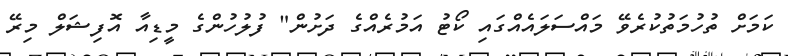
ކަމަށް ތުހުމަތުކުރެވޭ މައްސަލައެއްގައި ކޯޓު އަމުރެއްގެ ދަށުން" ފުލުހުންގެ މީޑިއާ އޮފިޝަލް މިރޭ